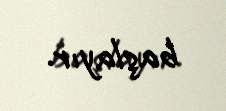
başlayır.